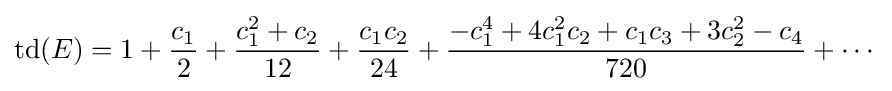
\operatorname {td} (E)=1+{\frac {c_{1}}{2}}+{\frac {c_{1}^{2}+c_{2}}{12}}+{\frac {c_{1}c_{2}}{24}}+{\frac {-c_{1}^{4}+4c_{1}^{2}c_{2}+c_{1}c_{3}+3c_{2}^{2}-c_{4}}{720}}+\cdots